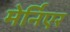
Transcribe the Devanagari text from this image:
मेर्निएर